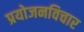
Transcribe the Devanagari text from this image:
प्रयोजनविचार